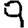
Digit: 9